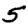
Digit: 5